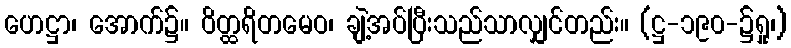
ဟေဋ္ဌာ၊ အောက်၌။ ဝိတ္ထရိတမေဝ၊ ချဲ့အပ်ပြီးသည်သာလျှင်တည်း။ (ဋ္ဌ-၁၉၀-၌ရှု၊)